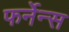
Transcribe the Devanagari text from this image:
फर्नेन्स